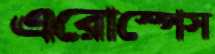
এরোস্পেস